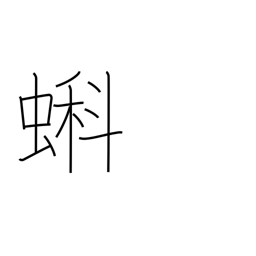
Meaning: tadpole